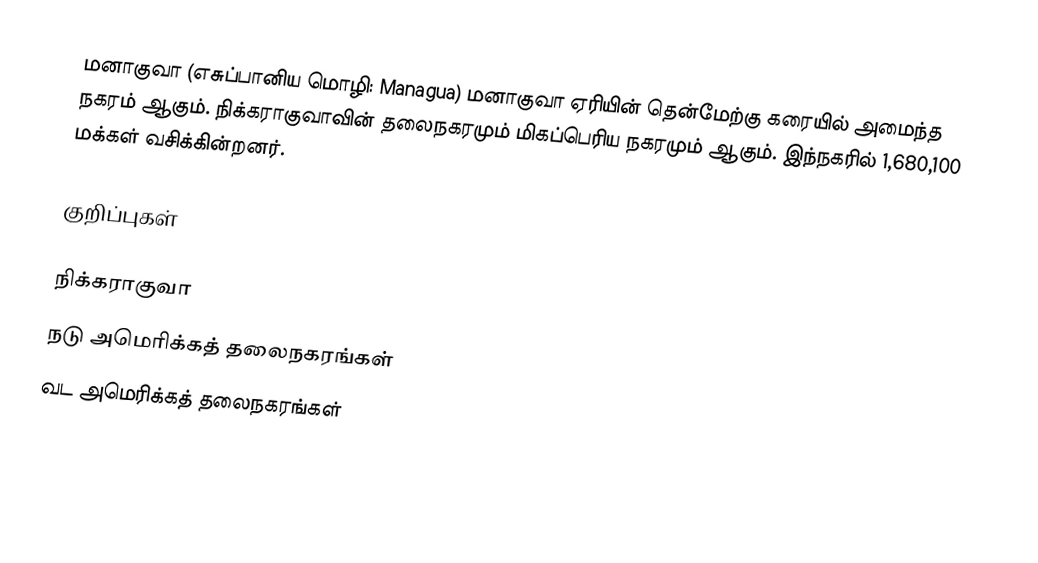
மனாகுவா (எசுப்பானிய மொழி: Managua) மனாகுவா ஏரியின் தென்மேற்கு கரையில் அமைந்த நகரம் ஆகும். நிக்கராகுவாவின் தலைநகரமும் மிகப்பெரிய நகரமும் ஆகும். இந்நகரில் 1,680,100 மக்கள் வசிக்கின்றனர்.

குறிப்புகள்

நிக்கராகுவா
நடு அமெரிக்கத் தலைநகரங்கள்
வட அமெரிக்கத் தலைநகரங்கள்